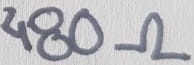
Text: 480Ω